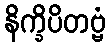
နိက္ခိပိတဗ္ဗံ